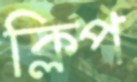
ক্লিপ